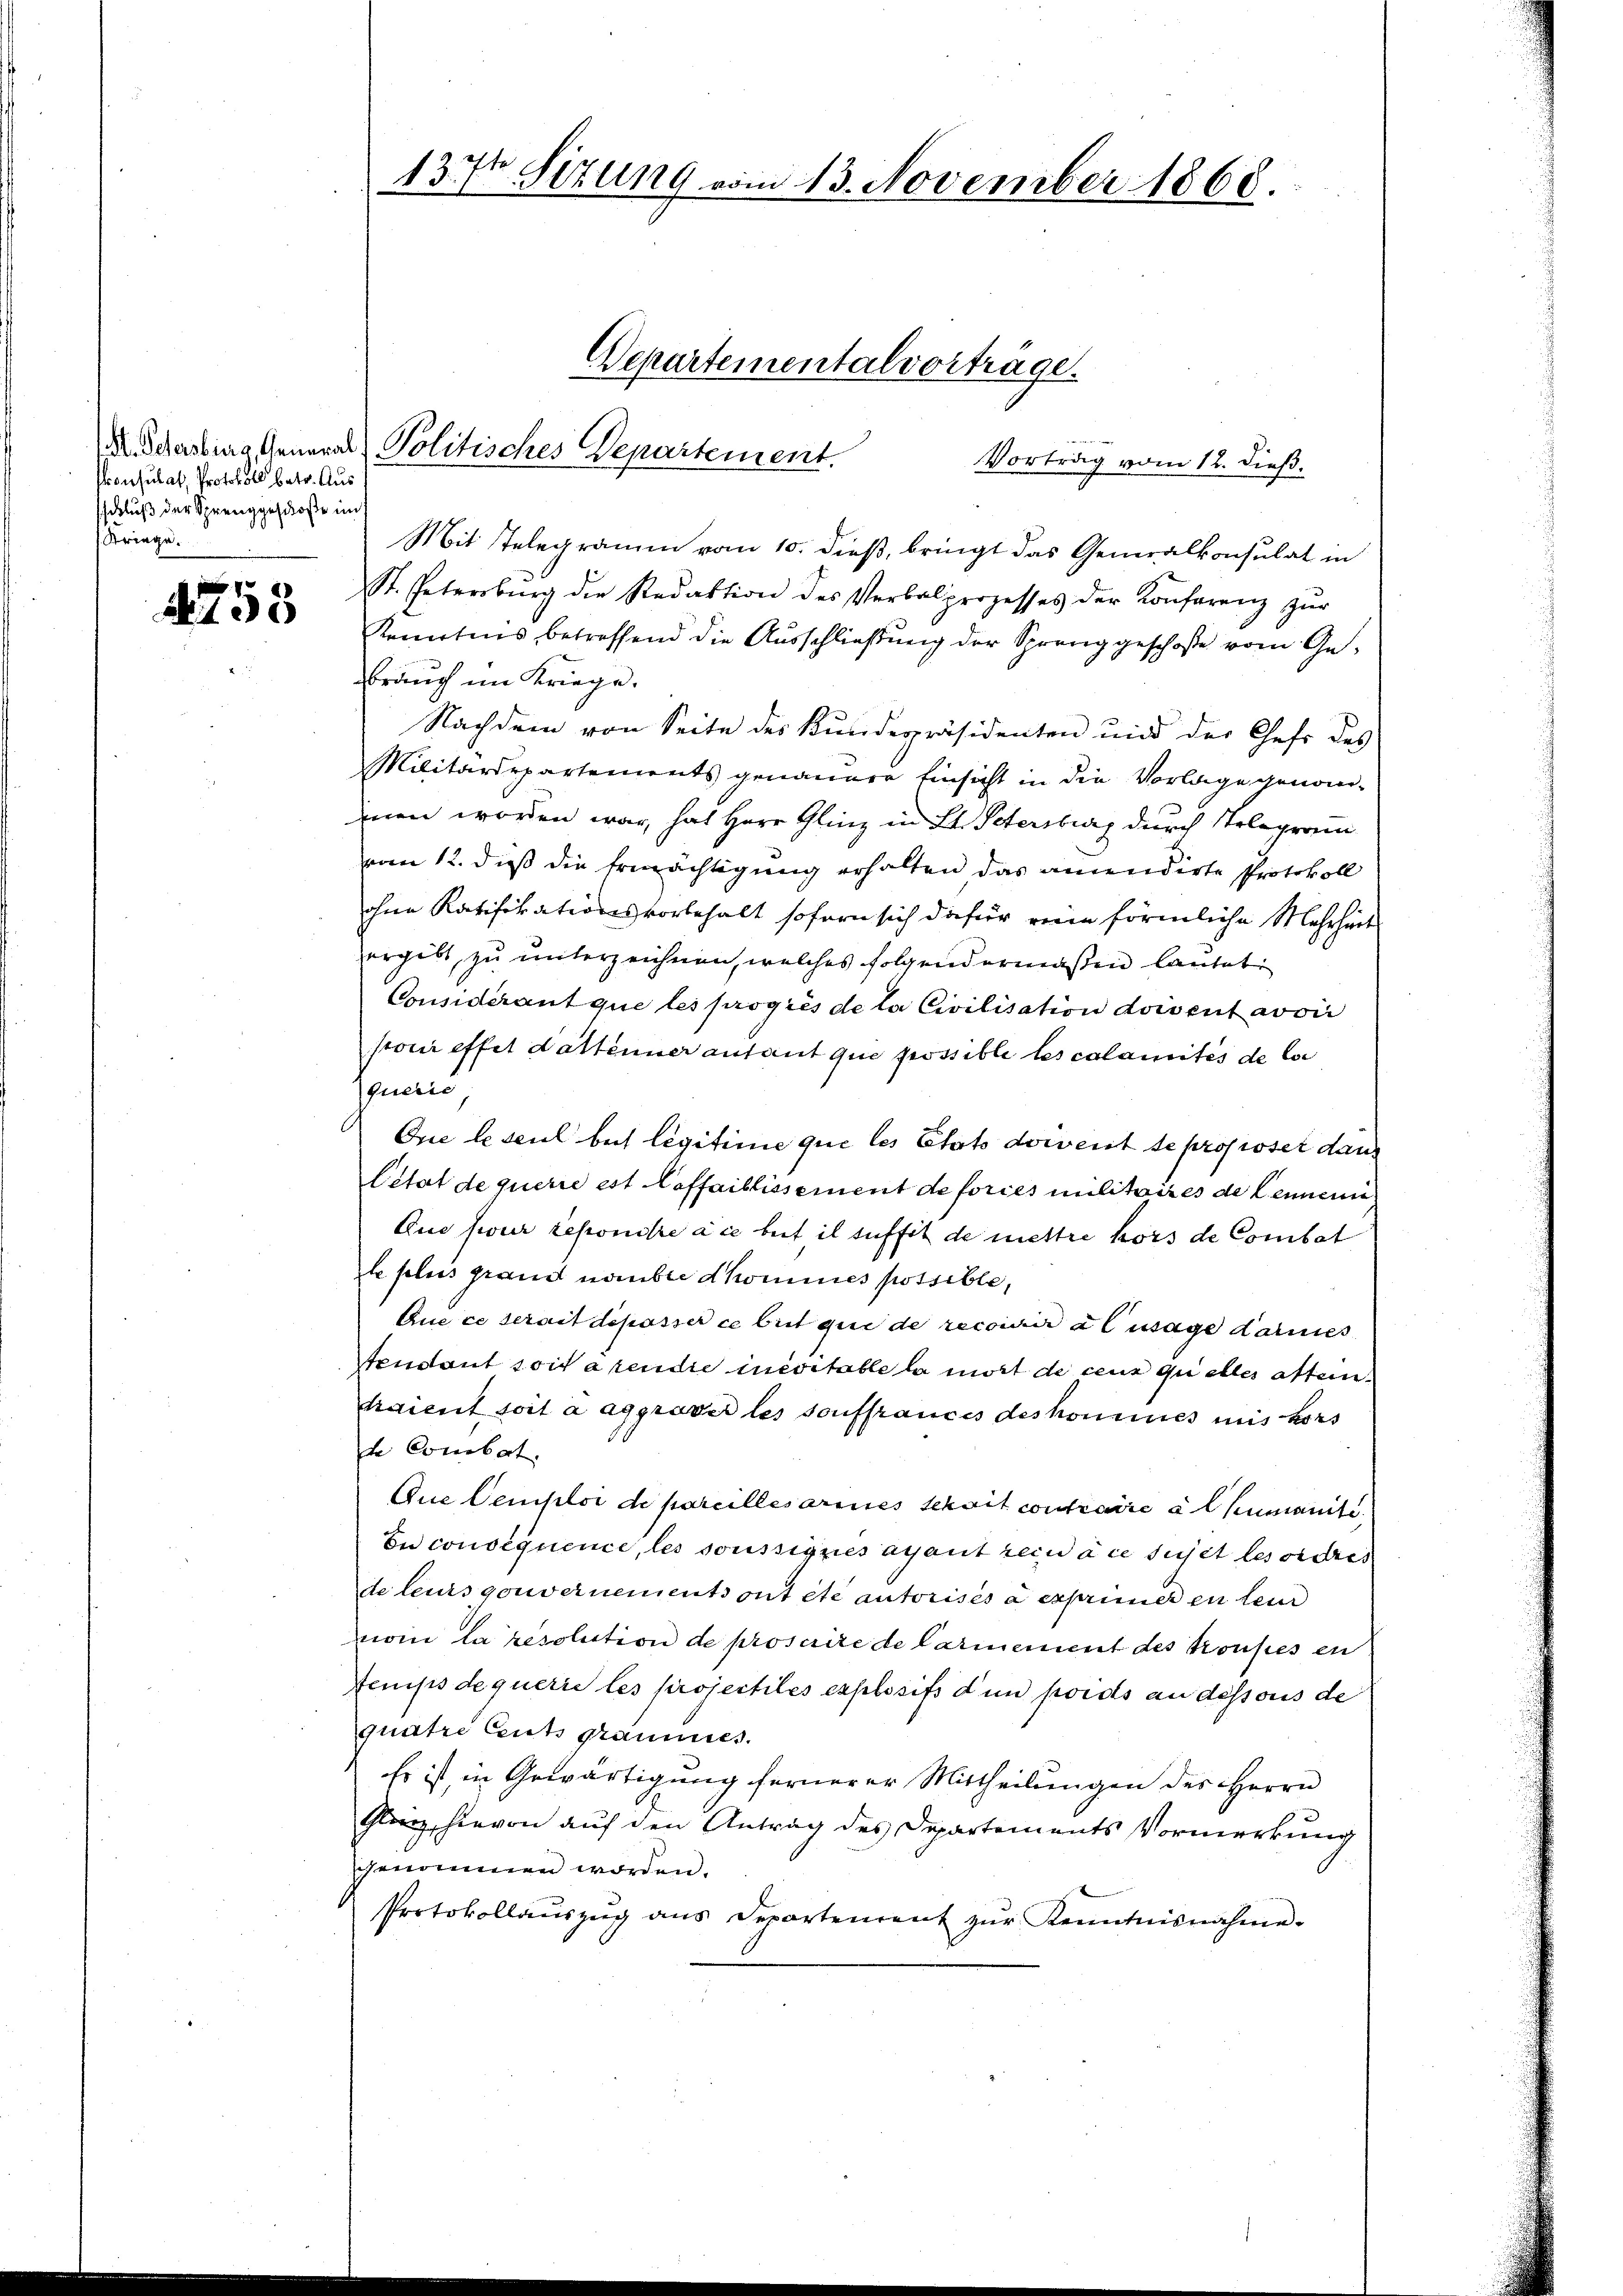
konsulat, Protokoll betr. Aus
sschluß der Sprenggeschloße unt
Striege.

753

Vortrag vom 12. dieß.
Mit Telegramm vom 10. dieß, bringt das Generalkonsulat in
St. Petersburg die Redaktion des Verbalprozesses der Konferenz zŭr
Kenntnis betreffend die Ausschließung der Spreng geschoße vom Gebrauch im Kriege.
Nachdem von Seite des Kundespräsidenten und der Chefs des
Militärdepartements genauere Einsicht in die Vorlage genommen worden war, hat Herr Glinz in St. Petersburg durch Telegram
vom 12. dieß die Ermächtigung erhalten das anendirte Protokoll
ohne Ratifikationsvorbehalt sofern sich dafür ein förmliche Mehrheit
ergibt, zu unterzeichnen, welches folgendermaßen Cantati
Considérant que les progies de la Civilisation doivent avoir
stoni effet dattenner anfant que possible les calamités de la
querie
Ore lescul beit legitime que les Etats docent de proposer dann
Cétat de querre est affaiblissement de forces militaires de Lennen
Que pour reponire die beit il suffit de mettre hors de Combet
le plus grand nambre domines possible,
Que ce serait deposser ce beit que de recondir almage damies
tendant soit a rendie incretable la mort de ceux quelles alten.
daient soit à aggraver les souffrances des kommes mit Hors
de Combat.
Aue Cemploi de pareilles armes Schait contraire alheumanite
En consequence, les sonssignes ayant rein die sujet les ordres
de leurs gouvernements ont etc autorisés a exprimer en sein
vom la resolution de prosaire de Carmement des Konses en
Stemps de querie les projectiles explosis d un pords an dessous de
quatre Cents grammes.
Es ist, in Gewärtigung fernerer Mittheilungen des Herrn
Glanz, hievon auf den Antrag des Departements Vormerkung
sgenommen worden.
Protokollaŭszŭg ans Departement zŭr Kenntnisnahme.

137 Sizung vom 13. November 1868.

X. Schabina General - Politisches Departement.

Departementalvorträge.